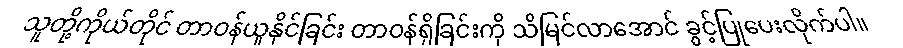
သူတို့ကိုယ်တိုင် တာဝန်ယူနိုင်ခြင်း တာဝန်ရှိခြင်းကို သိမြင်လာအောင် ခွင့်ပြုပေးလိုက်ပါ။